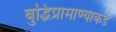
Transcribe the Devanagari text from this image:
बुद्धिप्रामाण्याकडे